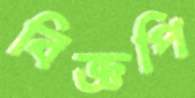
বিজ্ঞপি